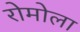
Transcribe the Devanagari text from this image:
रोमोला